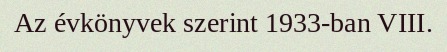
Az évkönyvek szerint 1933-ban VIII.